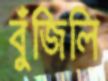
বুঁজিলি